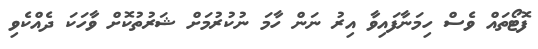
ފޮޓޯތައް ވެސް ހިމަނާފައިވާ އިރު ނަން ހާމަ ނުކުރުމަށް ޝަރުތުކޮށް ވާހަކަ ދެއްކެވި